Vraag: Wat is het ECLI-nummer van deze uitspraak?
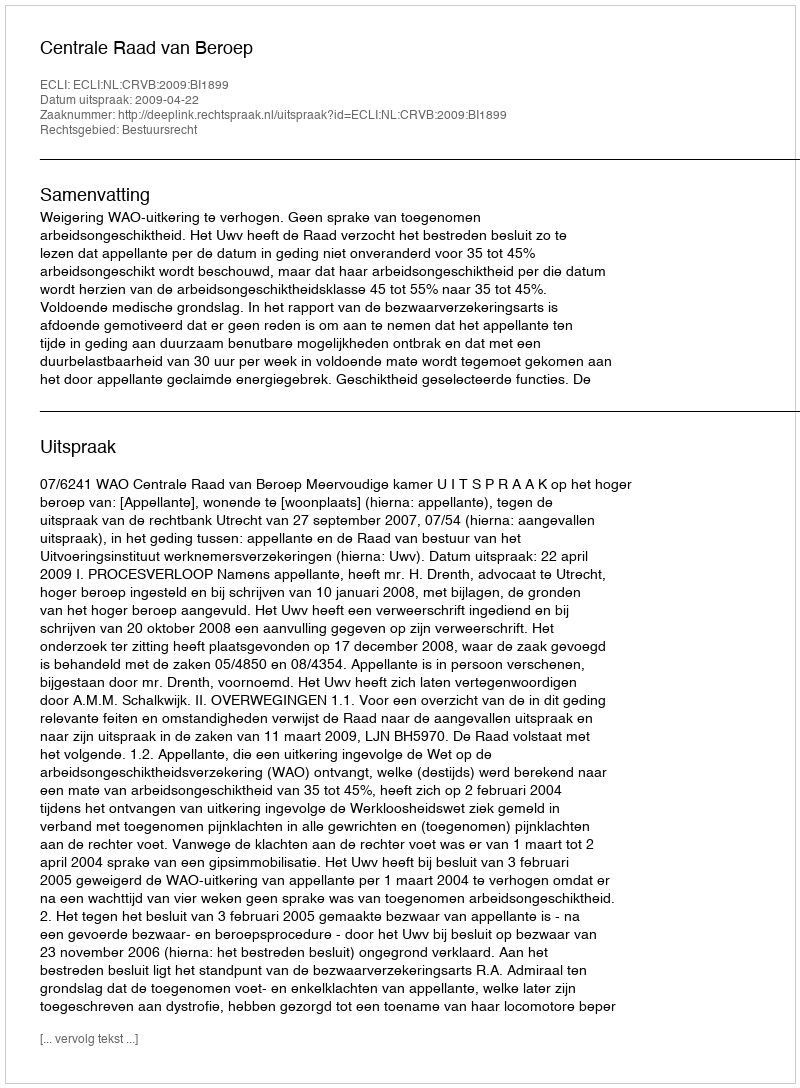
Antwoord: ECLI:NL:CRVB:2009:BI1899